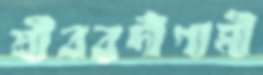
শ্রীবরদীগামী